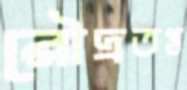
রৌদ্রতপ্ত